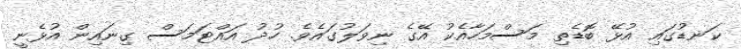
ކަނޑުގައި އުޅޭ ބޮޑެތި މަސްމަހާއެކު އޭގެ ނިވަލުގައެވެ. ހުދު އައްޓަމަސް ގިނައިން އުޅެނީ